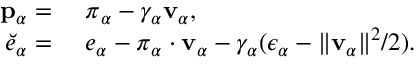
\begin{array} { r l } { \mathbf { p } _ { \alpha } = } & { { } ~ \boldsymbol { \pi } _ { \alpha } - \gamma _ { \alpha } \mathbf { v } _ { \alpha } , } \\ { \breve { e } _ { \alpha } = } & { { } ~ e _ { \alpha } - \boldsymbol { \pi } _ { \alpha } \cdot \mathbf { v } _ { \alpha } - \gamma _ { \alpha } ( \epsilon _ { \alpha } - \| \mathbf { v } _ { \alpha } \| ^ { 2 } / 2 ) . } \end{array}